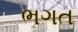
ભગત